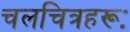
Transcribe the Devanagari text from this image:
चलचित्रहरूः